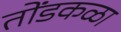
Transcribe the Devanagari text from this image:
तोंडकळा